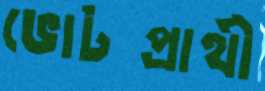
ভোটপ্রার্থী